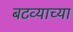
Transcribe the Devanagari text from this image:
बटव्याच्या